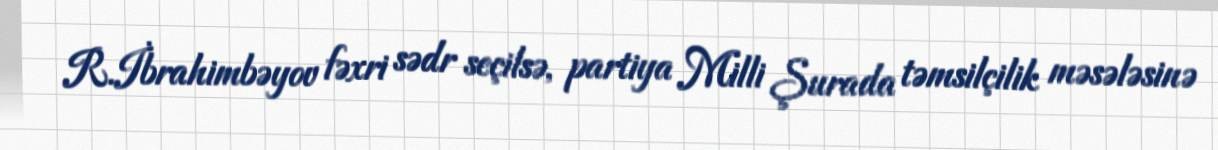
R.İbrahimbəyov fəxri sədr seçilsə, partiya Milli Şurada təmsilçilik məsələsinə